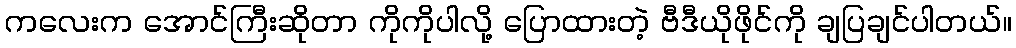
ကလေးက အောင်ကြီးဆိုတာ ကိုကိုပါလို့ ပြောထားတဲ့ ဗီဒီယိုဖိုင်ကို ချပြချင်ပါတယ်။